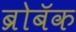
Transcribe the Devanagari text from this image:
ब्रोबॅक